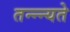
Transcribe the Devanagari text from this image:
तन्न्न्यते